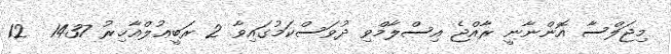
މިޖަލްސާ އޮންނާނީ ރާއްޖެ އިސްލާމްވި ދުވަސްކަމުގައިވާ 2 ރަބީޢުލްއާޚިރު 1437  12